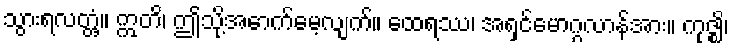
သွားရလတ္တံ့။ ဣတိ၊ ဤသို့အောက်မေ့လျက်။ ထေရဿ၊ အရှင်မောဂ္ဂလာန်အား။ ကုဇ္ဈိ၊